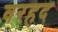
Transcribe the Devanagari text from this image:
वरहद